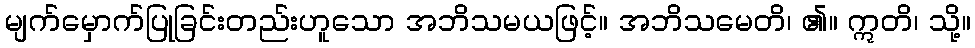
မျက်မှောက်ပြုခြင်းတည်းဟူသော အဘိသမယဖြင့်။ အဘိသမေတိ၊ ၏။ ဣတိ၊ သို့။